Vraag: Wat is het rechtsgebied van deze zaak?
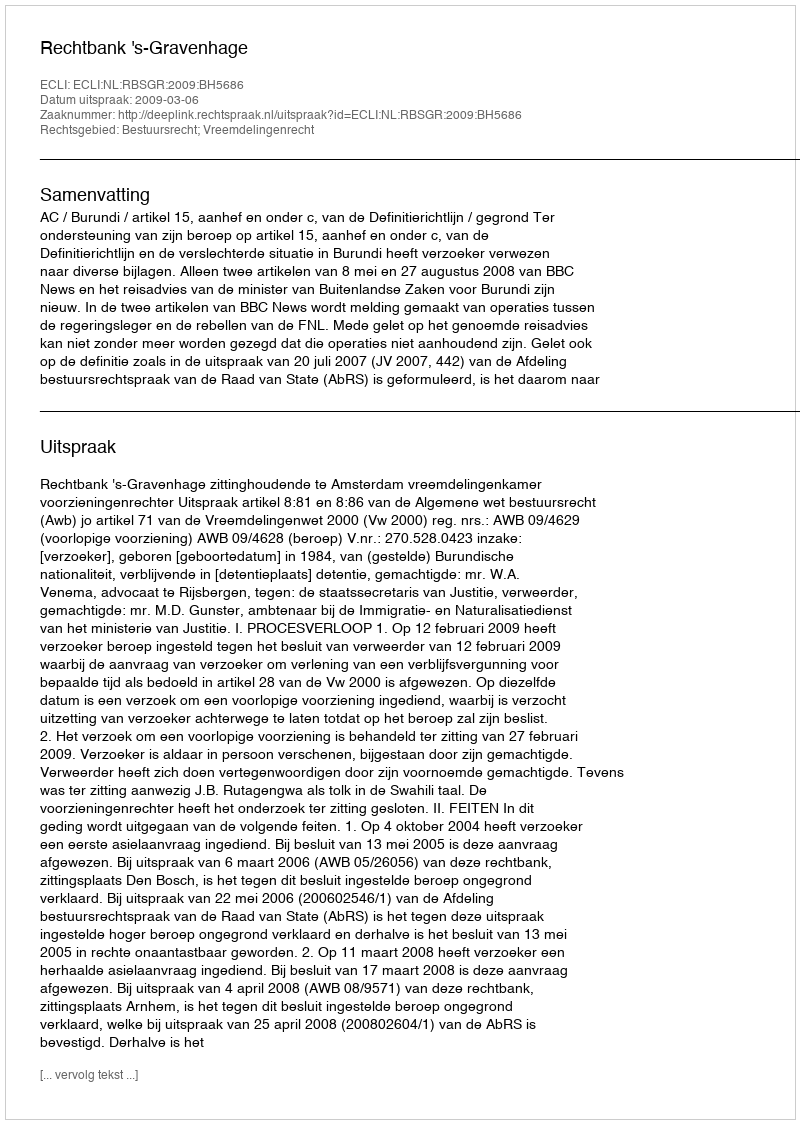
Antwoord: Bestuursrecht; Vreemdelingenrecht